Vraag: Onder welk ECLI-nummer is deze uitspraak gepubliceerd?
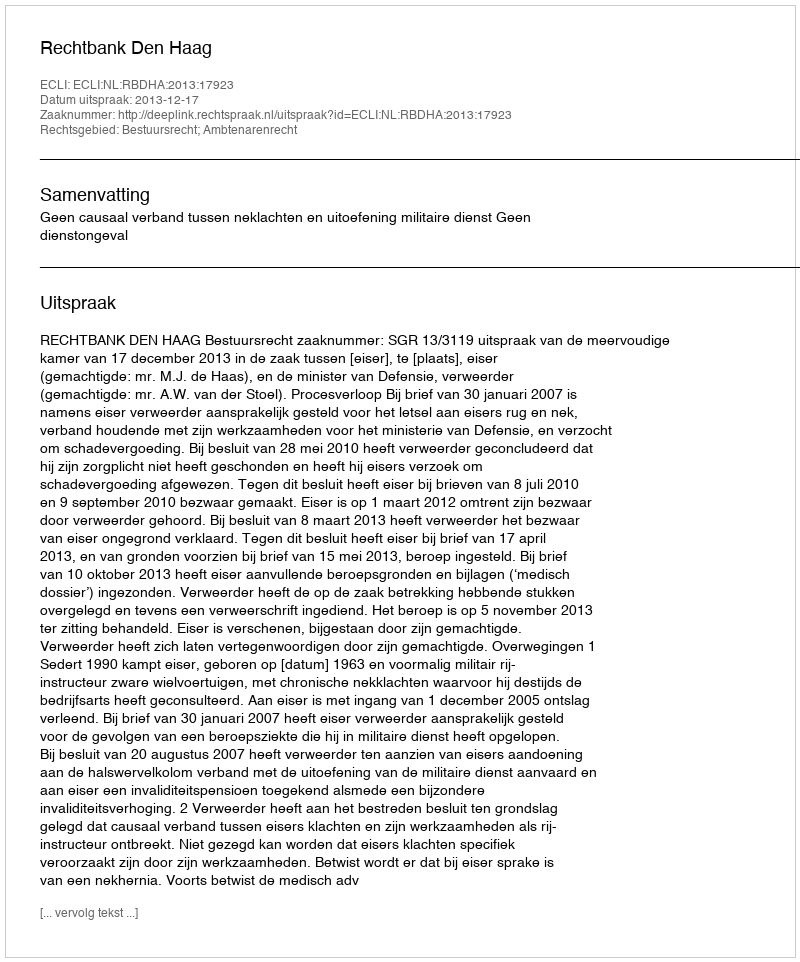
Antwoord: ECLI:NL:RBDHA:2013:17923